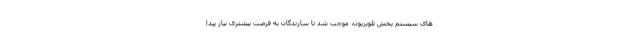
های سیستم پخش تلویزیون، موجب شد تا سازندگان به فرصت بیشتری نیاز پیدا